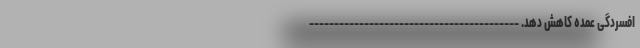
افسردگی عمده کاهش دهد. ------------------------------------------